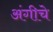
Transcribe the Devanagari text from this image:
अंगीचे